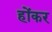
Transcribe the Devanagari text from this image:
होंकर